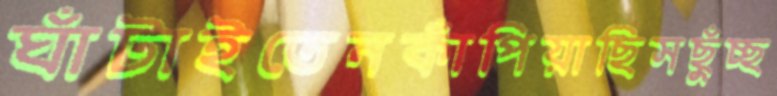
ঘাঁটাইতেনকাঁপিয়াছিসছুঁচ্ছ